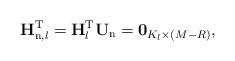
LaTeX: \begin{align*}\mathbf{H}^{\mathrm{T}}_{\mathrm{n},l} = \mathbf{H}^\mathrm{T}_l\mathbf{U}_{\mathrm{n}} = \mathbf{0}_{K_l\times \left(M-R\right)},\end{align*}